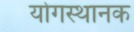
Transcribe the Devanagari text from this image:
योगस्थानक